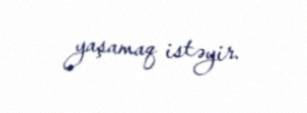
yaşamaq istəyir.